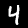
Label: 4